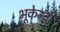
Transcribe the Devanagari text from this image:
भूकेन्द्री